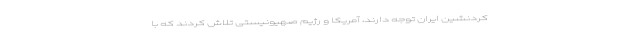
کردنشین ایران توجه دارند، آمریکا و رژیم صهیونیستی تلاش کردند که با